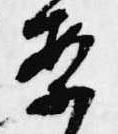
案